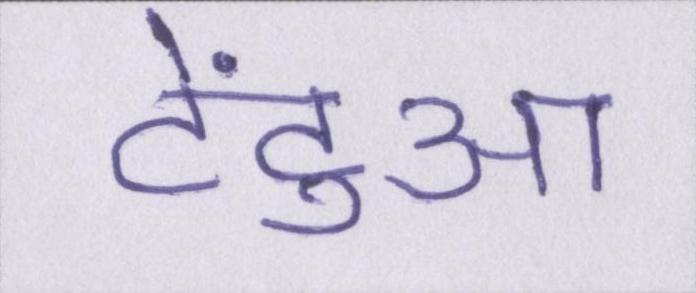
टेंटुआ